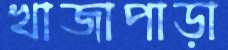
খাজাপাড়া